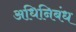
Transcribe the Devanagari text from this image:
अधिनिबंध